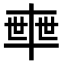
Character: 𠦴